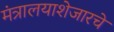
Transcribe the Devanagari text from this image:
मंत्रालयाशेजारचे